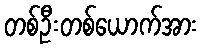
တစ်ဦးတစ်ယောက်အား